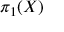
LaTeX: \pi _ { 1 } ( X )